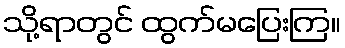
သို့ရာတွင် ထွက်မပြေးကြ။